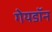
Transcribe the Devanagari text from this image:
गेयडॉन